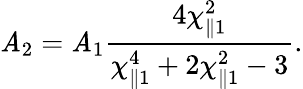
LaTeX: \mathit{A}_{2}=\mathit{A}_{1}\frac{{4\chi_{\parallel1}^{2}}}{{\chi_{\parallel1}^{4}+2\chi_{\parallel1}^{2}-3}}.